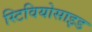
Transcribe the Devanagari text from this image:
स्टिवियोसाइड